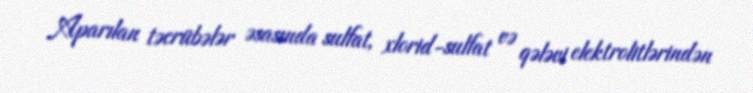
Aparılan təcrübələr əsasında sulfat, xlorid-sulfat və qələvi elektrolitlərindən